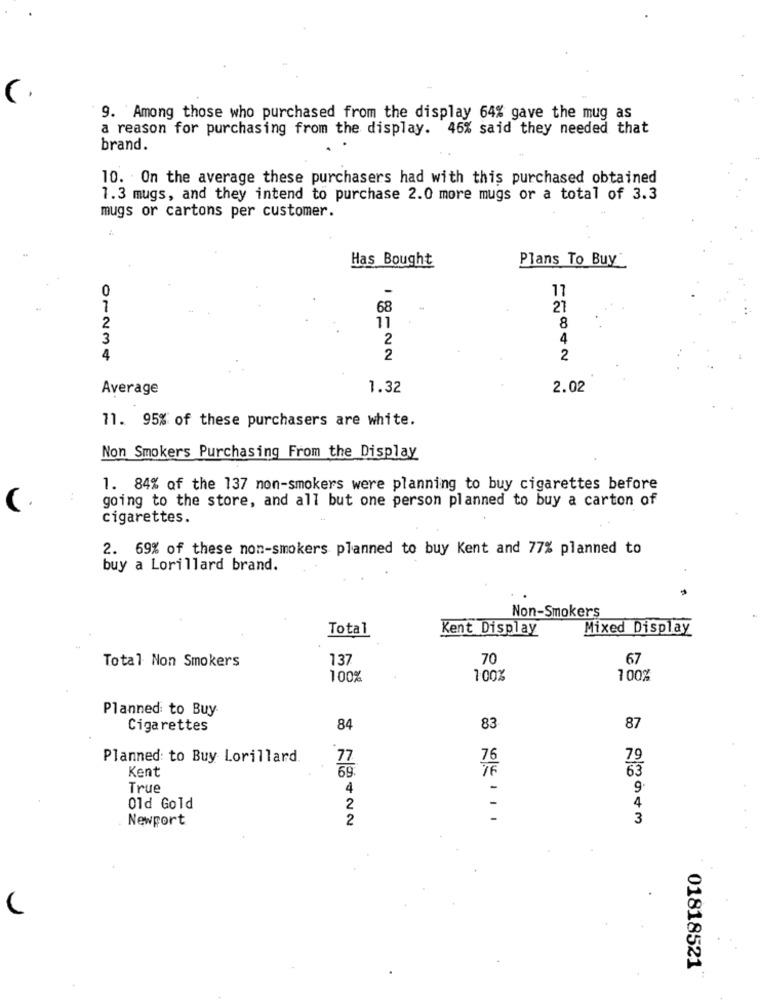
9. Among those who purchased from the display 64% gave the mug as
a reason for purchasing from the display. 46% said they needed that
brand.
10. On the average these purchasers had with this purchased obtained
1.3 mugs, and they intend to purchase 2.0 more mugs or a total of 3.3
mugs or cartons per customer.
Has Bought
Plans To Buy
0
17
1
68
21
2
11
8
3
2
4
4
2
2
Average
1.32
2.02
11. 95% of these purchasers are white.
Non Smokers Purchasing From the Display
1. 84% af the 137 non-smokers were planning to buy cigarettes before
going to the store, and all but one person planned to buy a carton of
cigarettes.
2. 69% of these non-smokers planned to buy Kent and 77% planned to
buy a Lorillard brand.
Non-Smokers
Total
Kent Display
Mixed Display
Total Non Smokers
137
70
67
100%
100%
100%
Planned to Buy
Cigarettes
84
83
87
Planned: to Buy Lorillard
77
69.
Kent
True
4
9
2
-
Old Gold
4
Newport
2
3
01818521